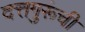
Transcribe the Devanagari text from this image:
दत्तगुरूंची